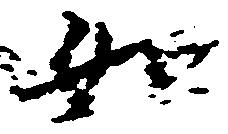
如